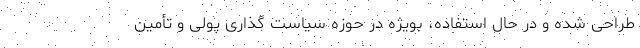
طراحی شده و در حال استفاده، بویژه در حوزه سیاست گذاری پولی و تأمین